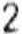
2